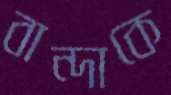
বান্দাকে